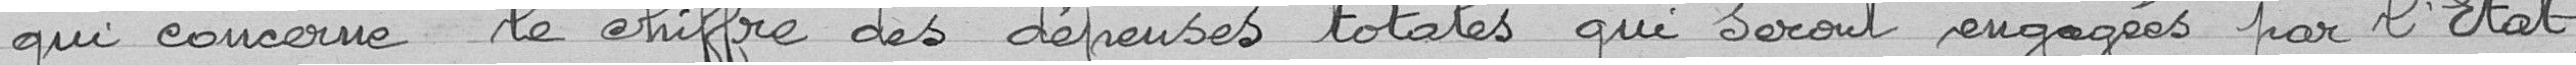
qui concerne le chiffre des dépenses totales qui seront engagées par l'Etat,